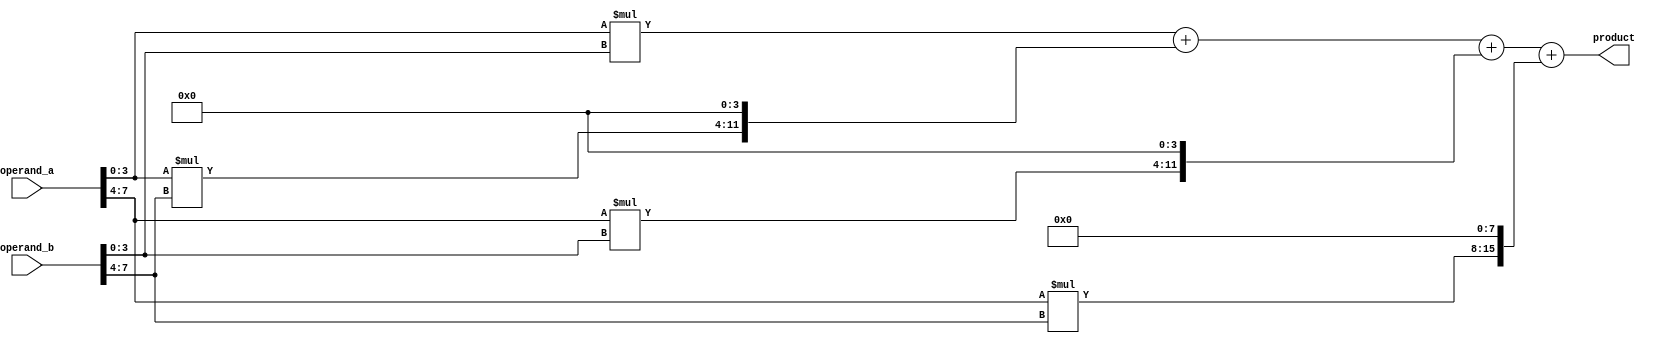
module radix4_multiplier (
    input [7:0] operand_a,
    input [7:0] operand_b,
    output reg [15:0] product
);

reg [15:0] partial_product [3:0];
reg [17:0] accumulator;

// Multiplier modules
always @(*) begin
    partial_product[0] = operand_a[3:0] * operand_b[3:0];
    partial_product[1] = operand_a[3:0] * operand_b[7:4];
    partial_product[2] = operand_a[7:4] * operand_b[3:0];
    partial_product[3] = operand_a[7:4] * operand_b[7:4];
end

// Accumulator module
always @(*) begin
    accumulator = partial_product[0] + (partial_product[1] << 4) + (partial_product[2] << 4) + (partial_product[3] << 8);
end

assign product = accumulator;

endmodule